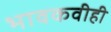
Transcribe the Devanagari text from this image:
भावकवीही